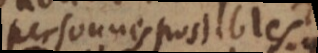
personnes possibles.